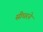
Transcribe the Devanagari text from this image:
सीधरने